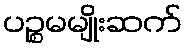
ပဉ္စမမျိုးဆက်